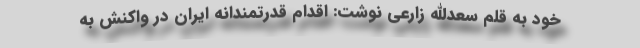
خود به قلم سعدالله زارعی نوشت: اقدام قدرتمندانه ایران در واکنش به